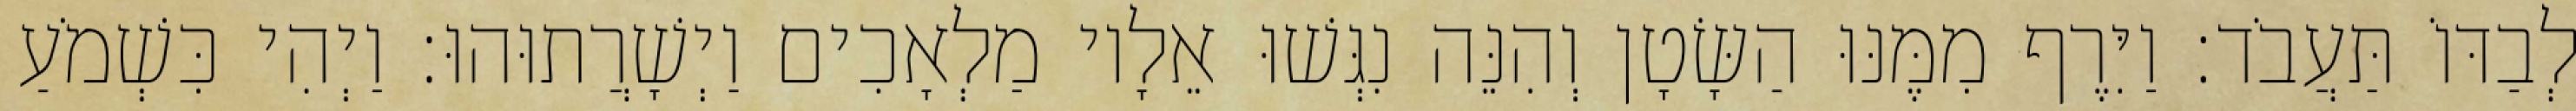
לְבַדּוֹ תַּעֲבֹד׃ וַיִּרֶף מִמֶּנּוּ הַשָּׂטָן וְהִנֵּה נִגְּשׁוּ אֵלָיו מַלְאָכִים וַיְשָׁרֲתוּהוּ׃ וַיְהִי כִּשְׁמֹעַ